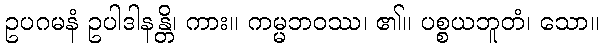
ဥပဂမနံ ဥပါဒါနန္တိ၊ ကား။ ကမ္မဘဝဿ၊ ၏။ ပစ္စယဘူတံ၊ သော။